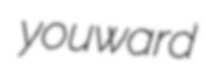
youward